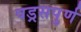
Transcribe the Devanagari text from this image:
षड्रसपुर्ण